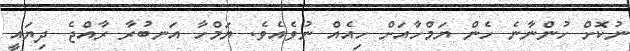
ނުކޮށް ހުންނާނެ ހެން ޔަމްހާއަށް ހިއެއް ނުވެއެވެ. ޔަމްހާ އަނބުރާ ރާއްޖެ ދިޔައީ